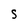
Character: S